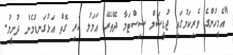
"އެމީހުންގެ ވެރިކަމުގައި ޖުޑީޝަލް ސިސްޓަމާ ދޭތެރޭ ޢަމަލު ކުރި ގޮތް އަޅުގަނޑުމެން ދުށީމު.